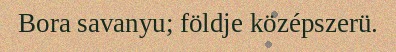
Bora savanyu; földje középszerü.